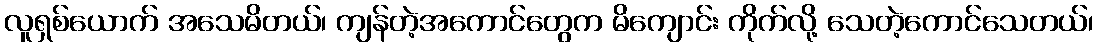
လူရှစ်ယောက် အသေမိတယ်၊ ကျန်တဲ့အကောင်တွေက မိကျောင်း ကိုက်လို့ သေတဲ့ကောင်သေတယ်၊